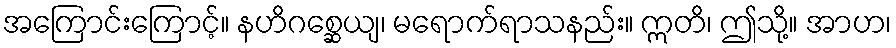
အကြောင်းကြောင့်။ နဟိဂစ္ဆေယျ၊ မရောက်ရာသနည်း။ ဣတိ၊ ဤသို့။ အာဟ၊